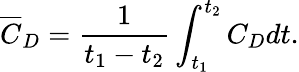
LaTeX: \overline{{C}}_{D}=\frac{1}{t_{1}-t_{2}}\int_{t_{1}}^{t_{2}}{C}_{D}dt.